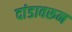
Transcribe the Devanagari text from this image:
दांडावरून